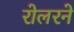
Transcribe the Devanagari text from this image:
रोलरने